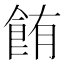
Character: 𫗏